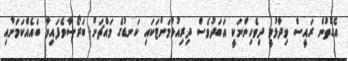
އެގޮތުން ރައީސް ވިދާޅުވީ ދިވެހިންނަކީ އަބަދުވެސް ދިރިއުޅުމަށްޓަކައި ކަނޑުގެ މައްޗަށް ބަރޯސާވެފައިވާ ބައެއްކަމަށާއި